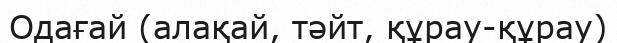
Одағай (алақай, тәйт, құрау-құрау)